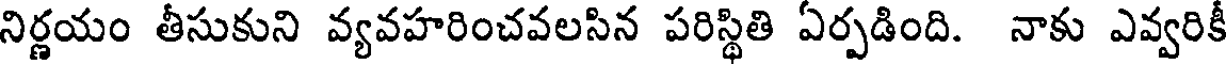
నిర్ణయం తీసుకుని వ్యవహరించవలసిన పరిస్థితి ఏర్పడింది. నాకు ఎవ్వరికీ